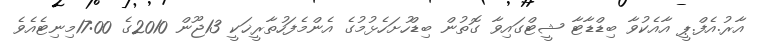
އާރު.އެފް.ޕީ އާއެކުވާ ބިޑްޑާޓާ ޝީޓްގައިވާ ގޮތުން ބިޑްހުށަހެޅުމުގެ އެންމެފަހުތާރީޚަކީ 13ޖޫން 2010ގެ 17:00މިނިޓެއެވެ